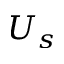
U _ { s }